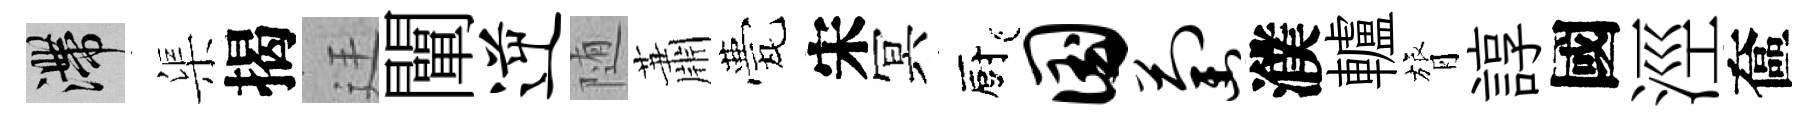
滯渠揭廷闡逆随蕭甍宋冥廚国萄濮轤膂諄國涇奩